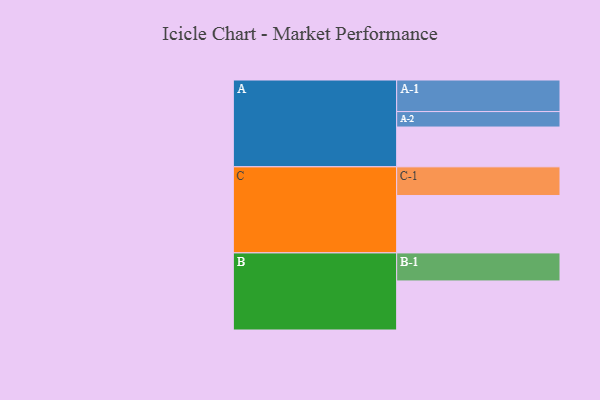
{"axis": {"x": "Segment", "y": "Value"}, "legend": ["", "A", "B", "C"], "data": [{"x": "A", "y": 314, "type": ""}, {"x": "B", "y": 387, "type": ""}, {"x": "C", "y": 453, "type": ""}, {"x": "A-1", "y": 249, "type": "A"}, {"x": "A-2", "y": 122, "type": "A"}, {"x": "B-1", "y": 221, "type": "B"}, {"x": "C-1", "y": 226, "type": "C"}]}